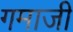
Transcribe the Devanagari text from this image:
गमाजी